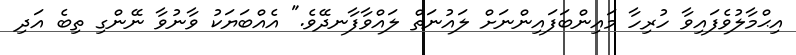
އިޙްމާލުވެފައިވާ ހުރިހާ މައިންބަފައިންނަށް ލައުނަތް ލައްވާފާނދޭވެ." އެއްބަޔަކު ވާނުވާ ނޭންގި ތިބެ އަދި